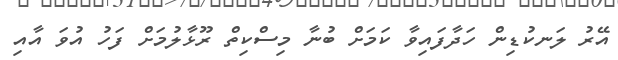
އޭރު ލަނކުޑިން ހަދާފައިވާ ކަމަށް ބުނާ މިސްކިތް ރޫޅާލުމަށް ފަހު އުވަ އާއި